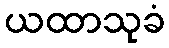
ယထာသုခံ